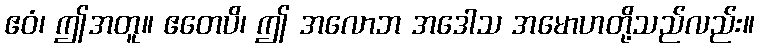
ဧဝံ၊ ဤအတူ။ ဧတေပိ၊ ဤ အလောဘ အဒေါသ အမောဟတို့သည်လည်း။